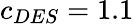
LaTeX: c_{DES}=1.1